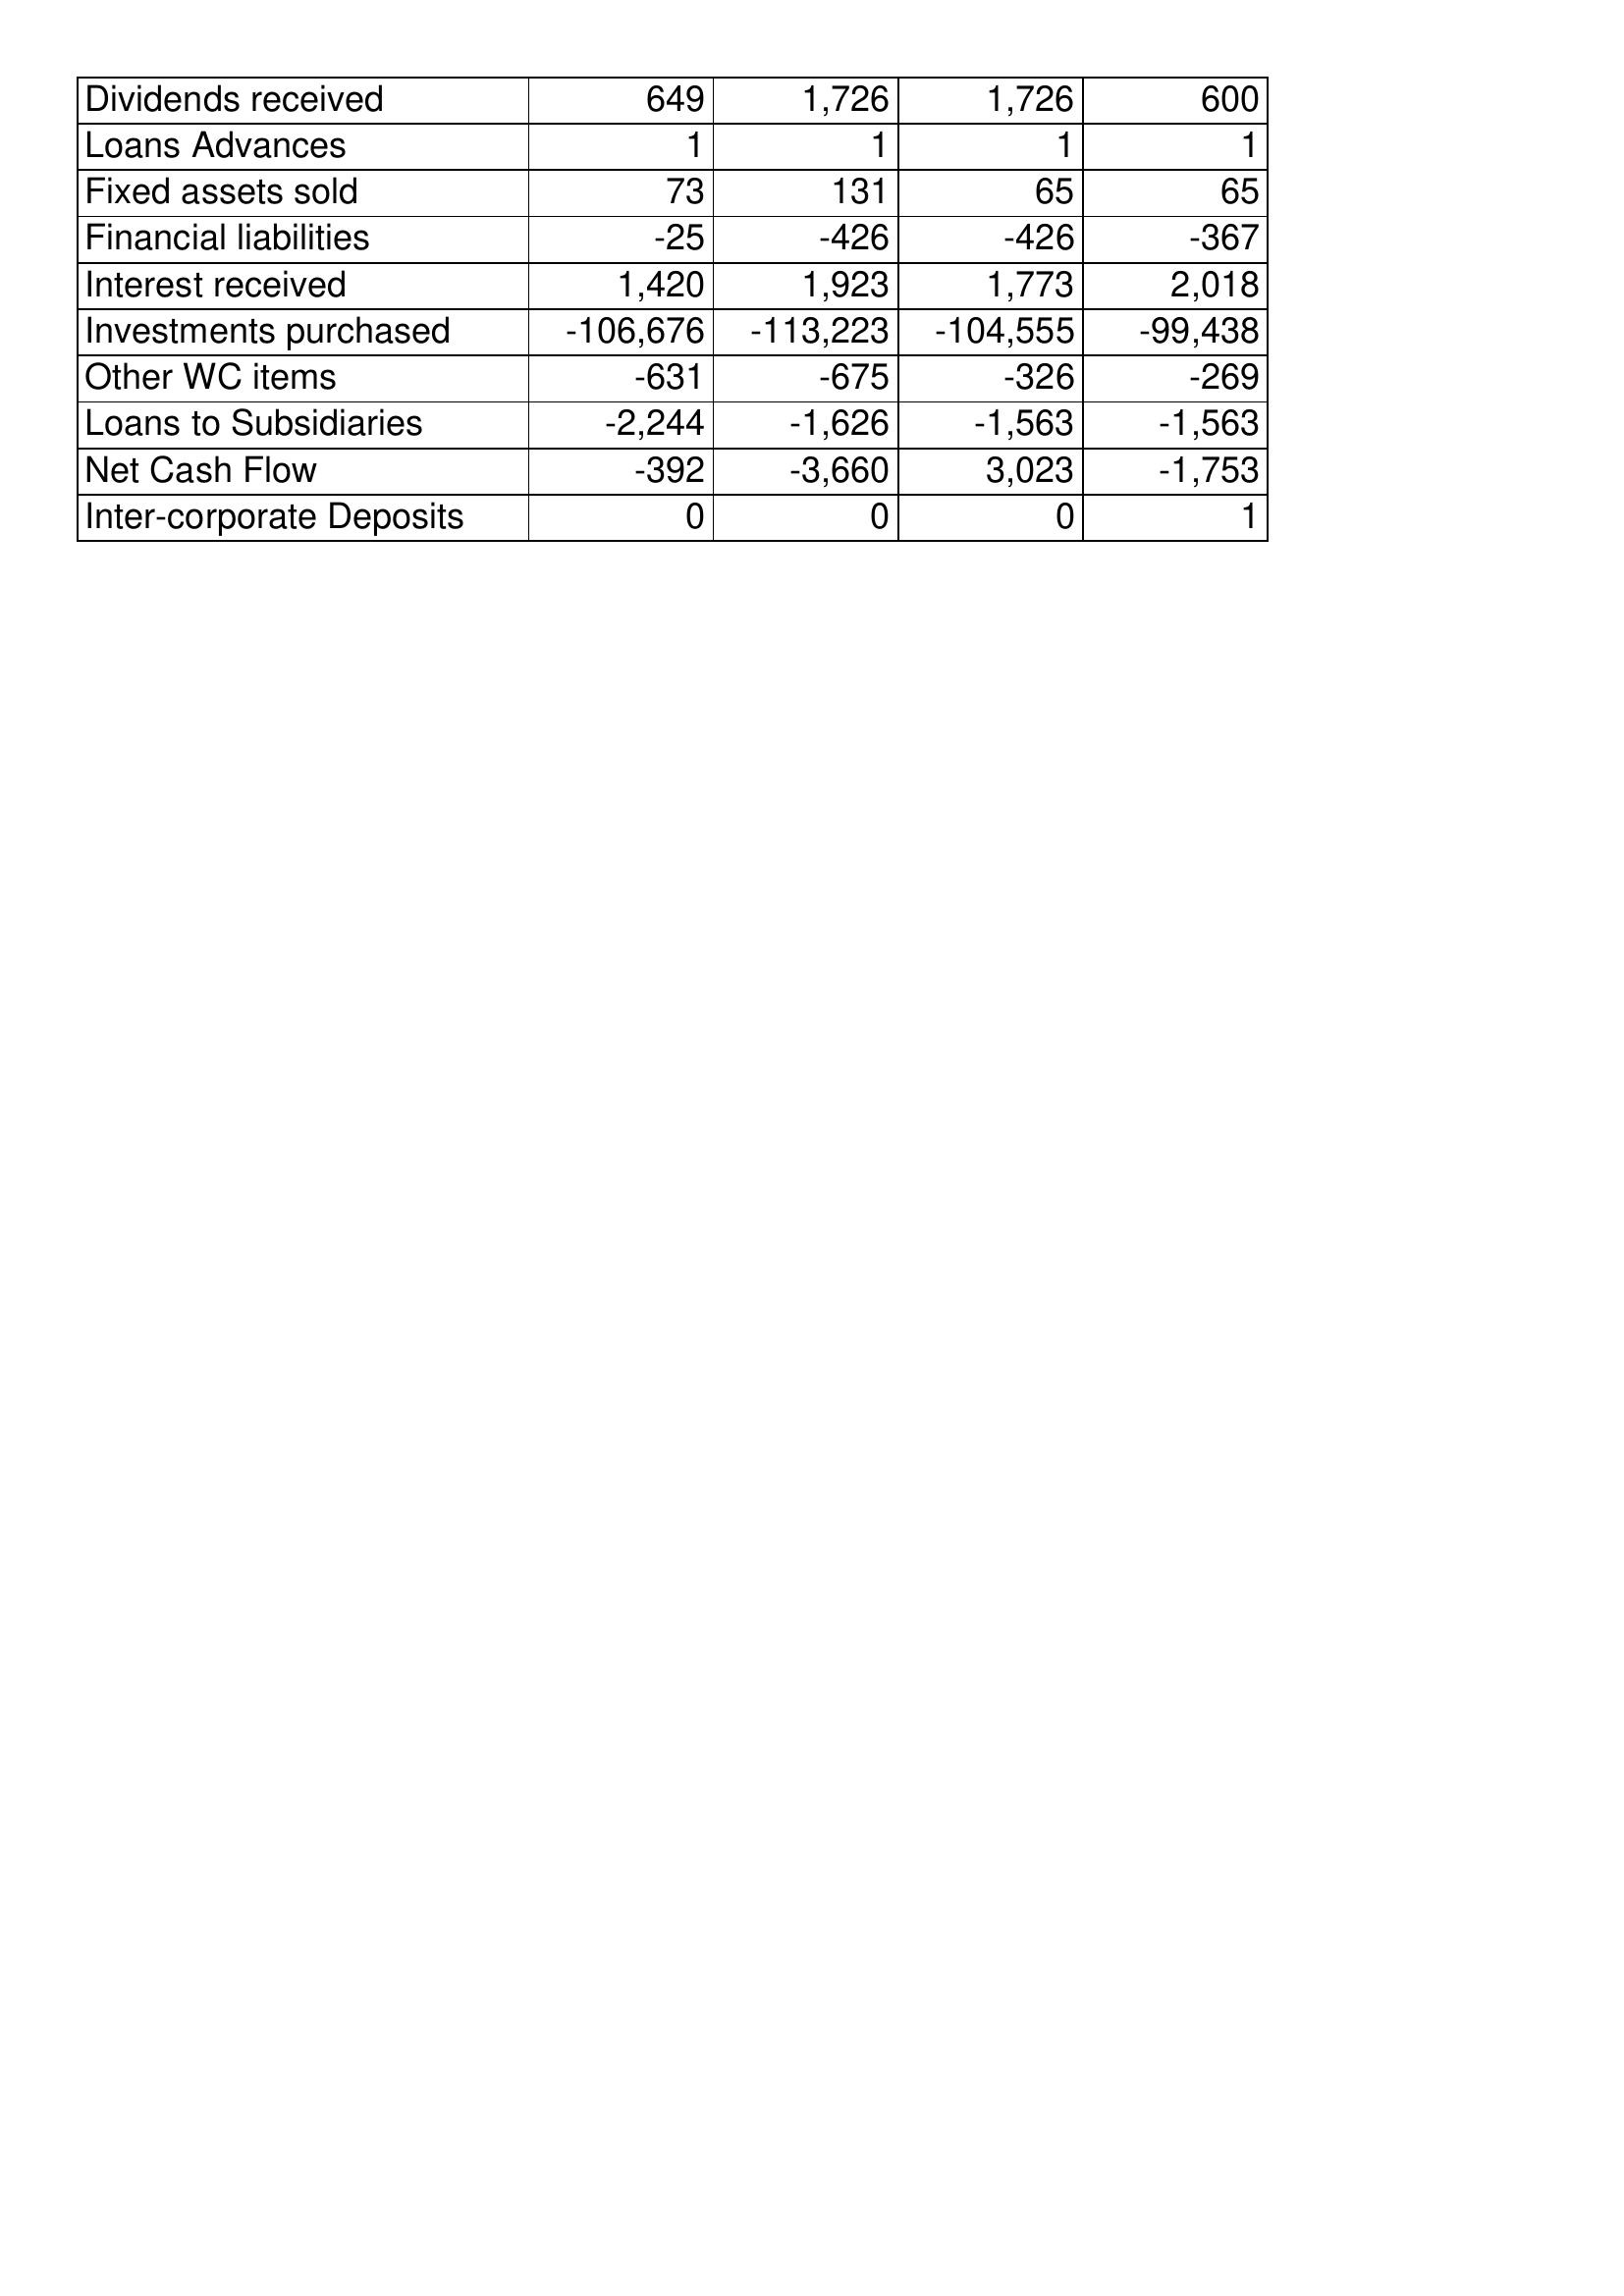
Apr-02: Cash Flows: Dividends received: 649
Loans Advances: 1
Fixed assets sold: 73
Financial liabilities: -25
Interest received: 1,420
Investments purchased: -106,676
Other WC items: -631
Loans to Subsidiaries: -2,244
Net Cash Flow: -392
Inter-corporate Deposits: 0
Apr-01: Cash Flows: Dividends received: 1,726
Loans Advances: 1
Fixed assets sold: 131
Financial liabilities: -426
Interest received: 1,923
Investments purchased: -113,223
Other WC items: -675
Loans to Subsidiaries: -1,626
Net Cash Flow: -3,660
Inter-corporate Deposits: 0
Apr-00: Cash Flows: Dividends received: 1,726
Loans Advances: 1
Fixed assets sold: 65
Financial liabilities: -426
Interest received: 1,773
Investments purchased: -104,555
Other WC items: -326
Loans to Subsidiaries: -1,563
Net Cash Flow: 3,023
Inter-corporate Deposits: 0
Apr-99: Cash Flows: Dividends received: 600
Loans Advances: 1
Fixed assets sold: 65
Financial liabilities: -367
Interest received: 2,018
Investments purchased: -99,438
Other WC items: -269
Loans to Subsidiaries: -1,563
Net Cash Flow: -1,753
Inter-corporate Deposits: 1